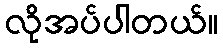
လိုအပ်ပါတယ်။